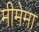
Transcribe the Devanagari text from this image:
मीमेमा